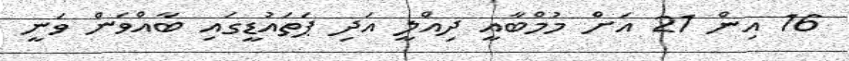
16 އިން 21 އަށް މުމްބާއީ ދިއްލީ އަދި ޕަތައުޑީގައި ބާއްވަން ވަނީ